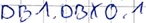
Text: DB1.DBX0.1